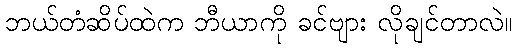
ဘယ်တံဆိပ်ထဲက ဘီယာကို ခင်ဗျား လိုချင်တာလဲ။